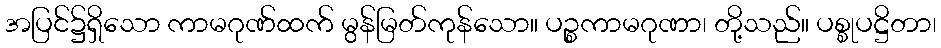
အပြင်၌ရှိသော ကာမဂုဏ်ထက် မွန်မြတ်ကုန်သော။ ပဉ္စကာမဂုဏာ၊ တို့သည်။ ပစ္စုပဋ္ဌိတာ၊